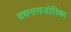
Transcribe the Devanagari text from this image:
वचनत्वजोतिका